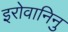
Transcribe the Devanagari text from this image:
इरोवानिनु